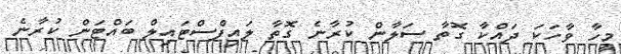
މީހާ ވާހަކަ ދައްކާ ގޮތާ ސަލާން ކުރާނެ ގޮތާ ލައިފްސްޓައިލް ބައްޓަން ކުރާނެ